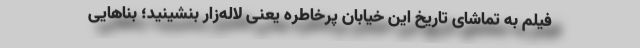
فیلم به تماشای تاریخ این خیابان پرخاطره یعنی لاله‌زار بنشینید؛ بناهایی